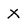
Character: X